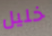
خليل